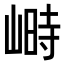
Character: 𡻄